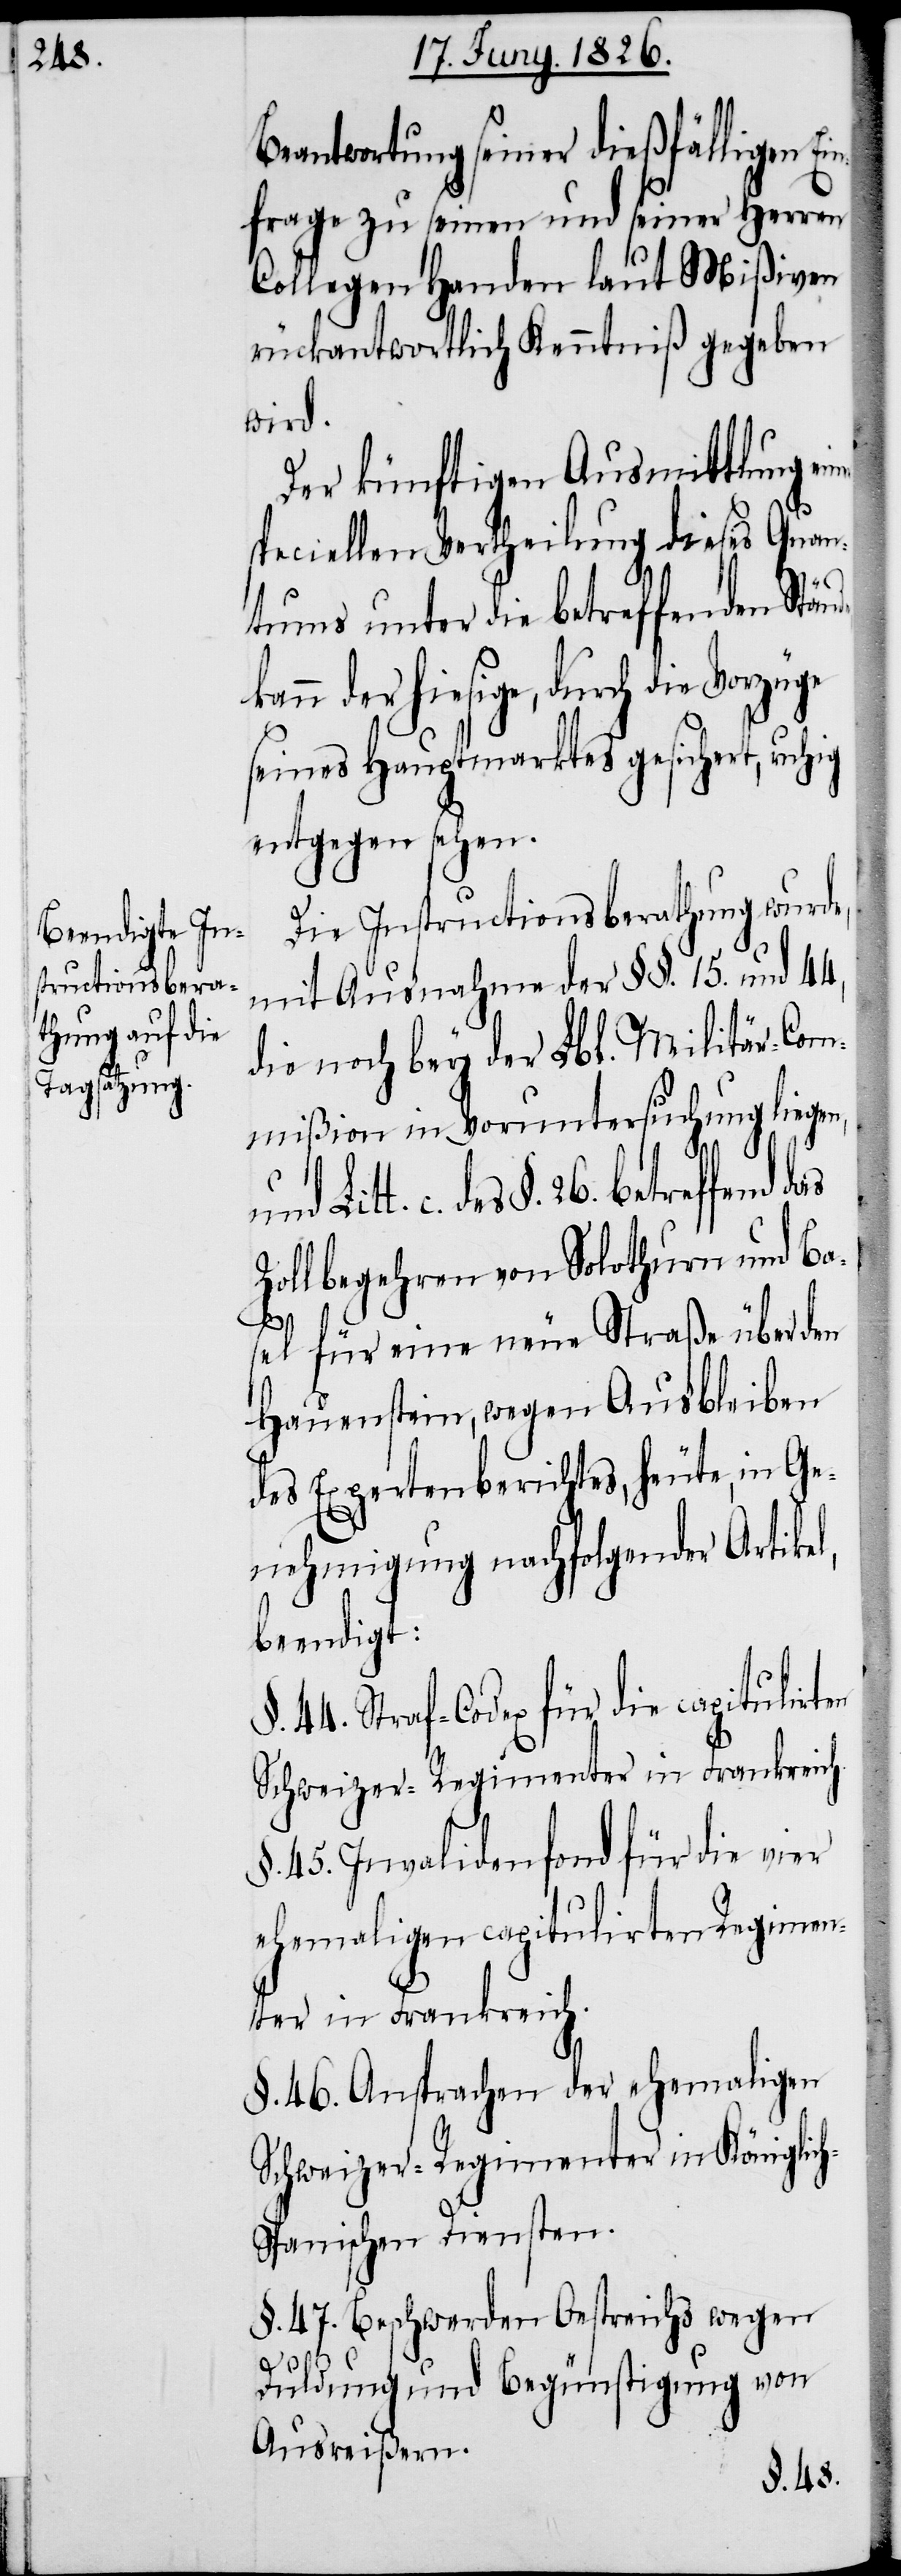
Beantwortung seiner dießfälligen Ei¬
nfrage zu seinen und seiner Herren
Collegen Handen laut Mißiven
rückantwortlich Kenntniß gegeben
wird.
Der künftigen Ausmittlung
speciellen Vertheilung dieses Quan¬
tums unter die betreffenden Stän¬
kann der hiesige, durch die Vorzüge
seines Hauptmarktes gesichert, ruhig
entgegen sehen.
Die Instructionsberathung wurde,
mit Ausnahme der §§. 15. und 44,
die noch bey der Lbl. Militär-Com¬
mißion in Voruntersuchung liegen,
de
und Litt. c. des §. 26. betreffend das
Zollbegehren von Solothurn und Ba¬
sel für eine neue Straße über den
Hauenstein, wegen Ausbleiben
des Expertenberichtes, heute, in Ge¬
nehmigung nachfolgender Artikel,
beendigt:
44. Straf-Codex für die capitulirten
Schweizer-Regimenter in Frankreich.
45. Invalidenfond für die vier
ehemaligen capitulirten Regimen¬
ter in Frankreich.
§. 46. Ansprachen der ehemaligen
Schweizer-Regimenter in Königlic¬
h-Spanischen Diensten.
§. 47. Beschwerden Oestreichs wegen
Duldung und Begünstigung von
Ausreißern.